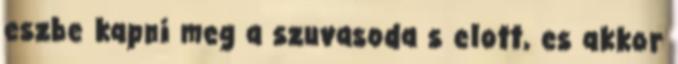
eszbe kapni meg a szuvasoda s elott, es akkor